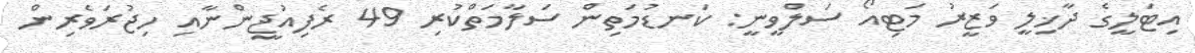
އިޓަލީގެ ދާޚިލީ ވަޒީރު މަޓިއޯ ސަލްވީނީ: ކަނޑުމަތިން ސަލާމަތްކުރި 49 ރެފިއުޖީންނާއި ހިޖުރަވެރިން